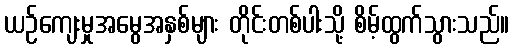
ယဉ်ကျေးမှုအမွေအနှစ်များ တိုင်းတစ်ပါးသို့ စိမ့်ထွက်သွားသည်။